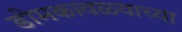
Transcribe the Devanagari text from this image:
डोमकावळ्याच्या